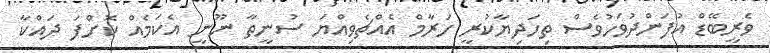
ވެރީބޭޑް އުފަންދުވަހުވެސް ތިހަދިޔާކުރީ ހަރާމް އެއްޗެވިއްޔަ ސުނީތާ ނޫނީ އެކަމެއް ކޮށްފަ ދައްކާ